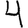
Digit: 4